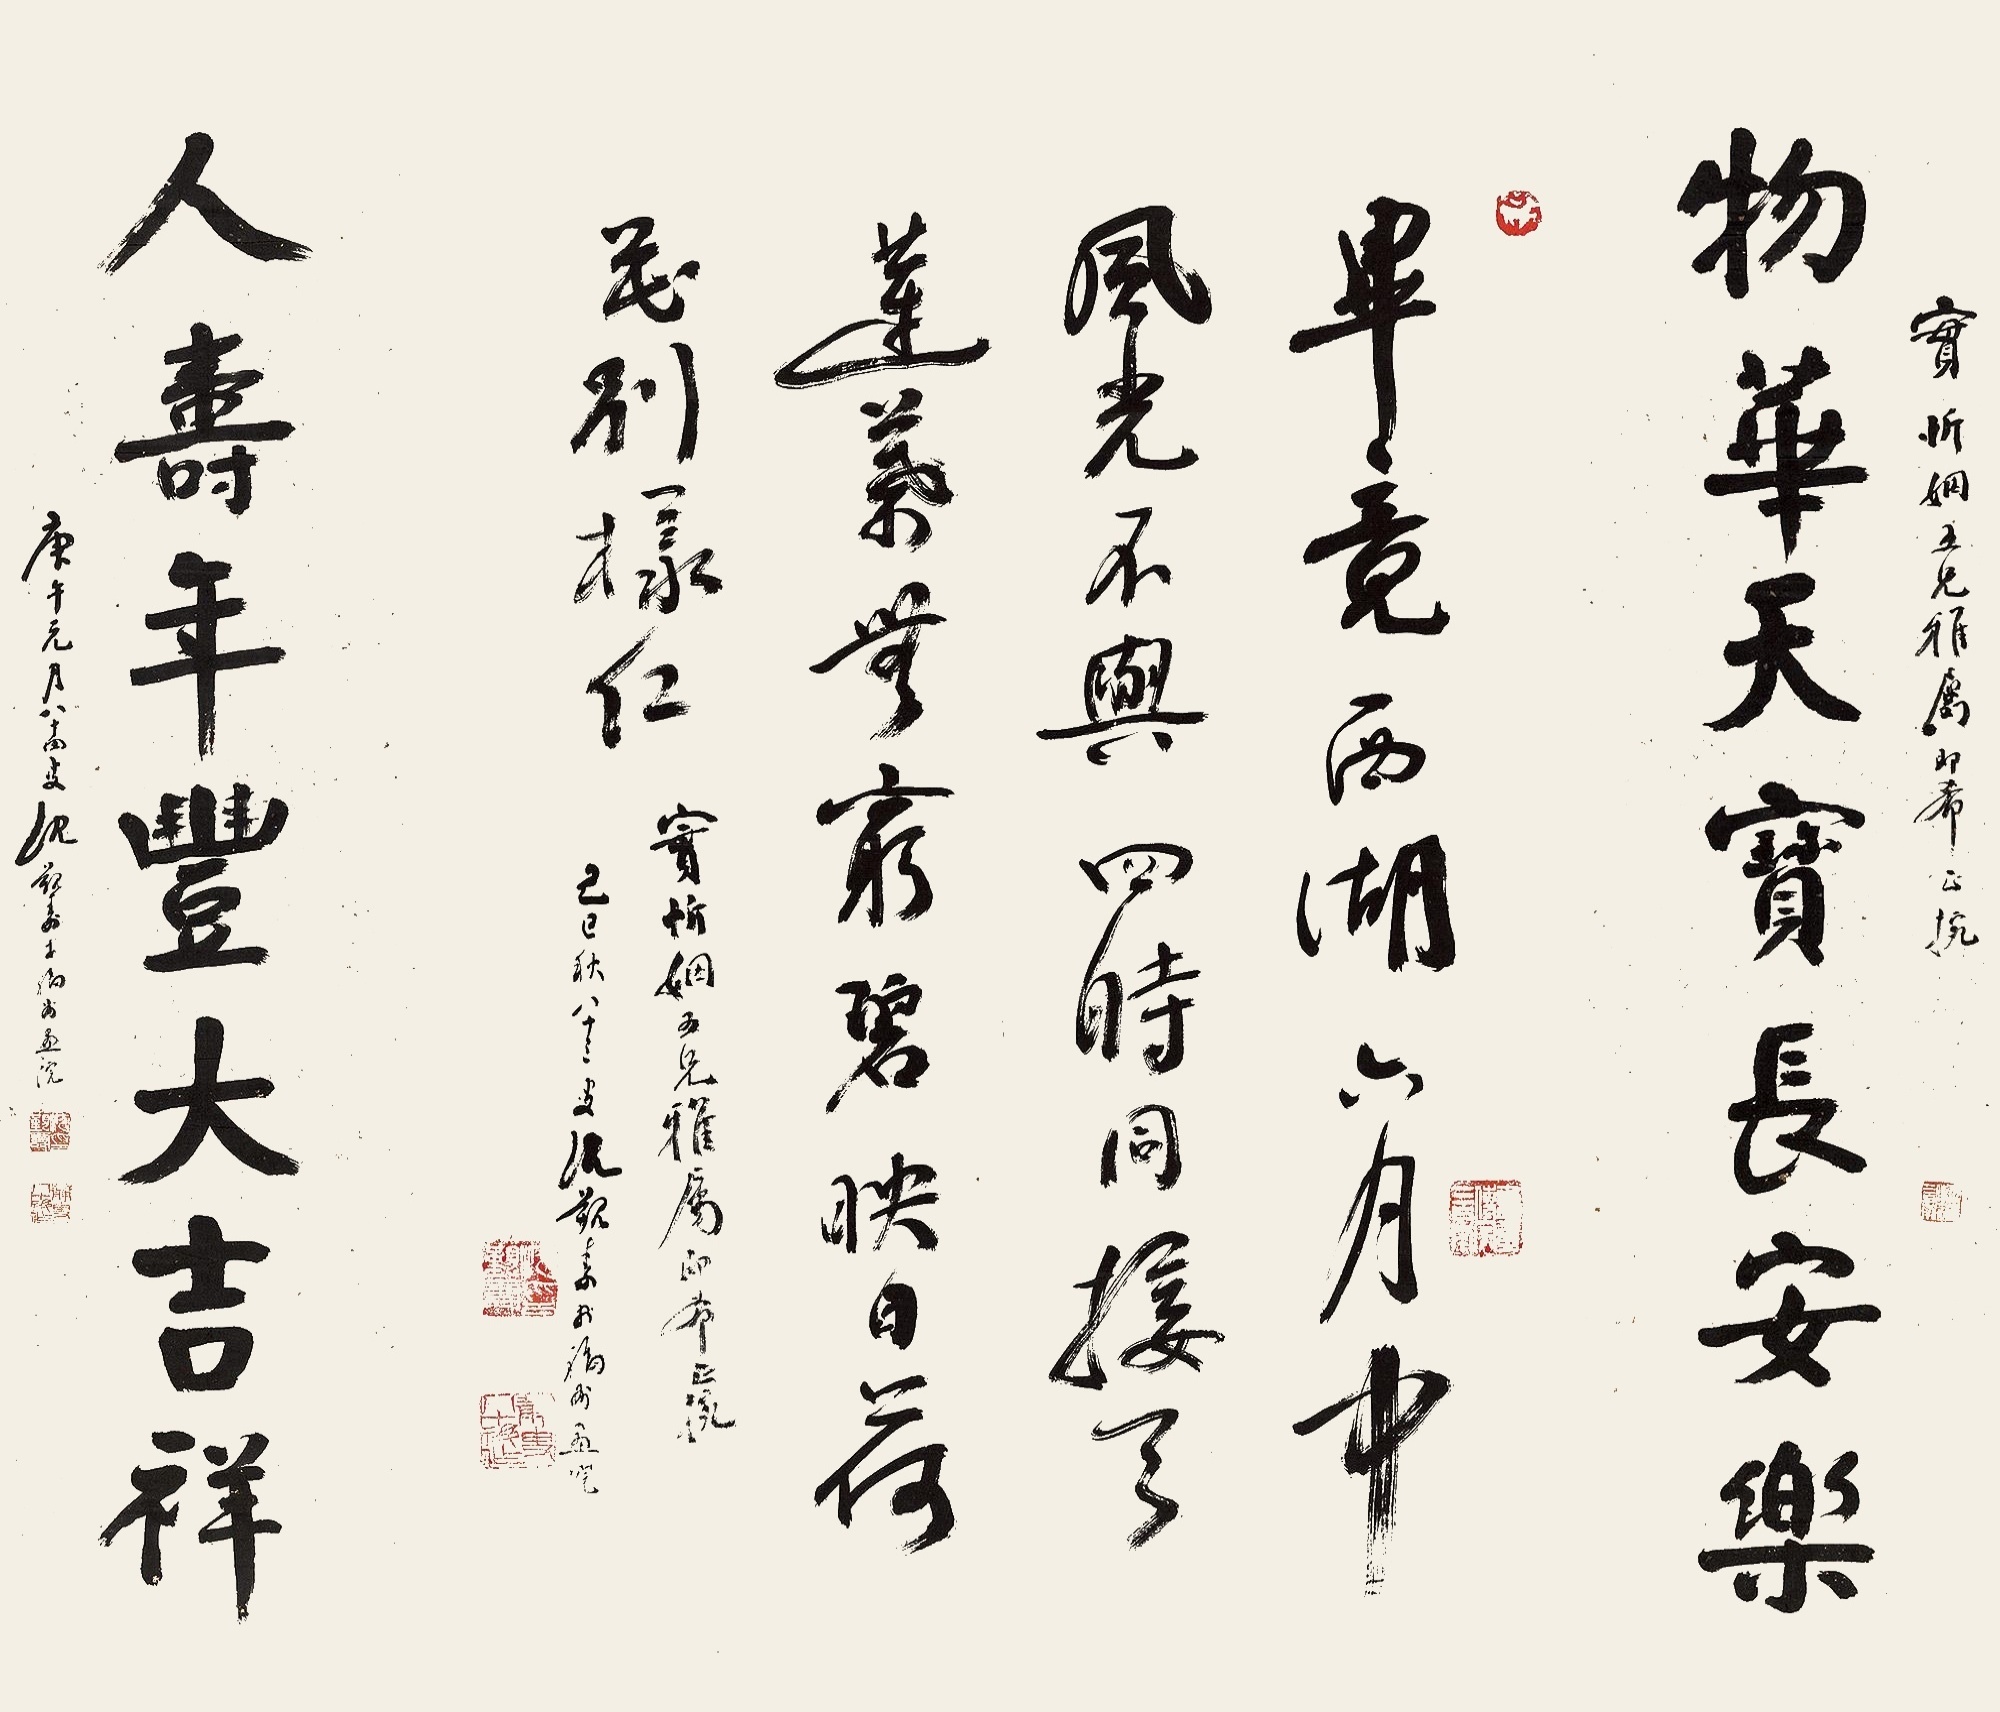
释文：物华天宝长安乐，人寿年丰大吉祥。
毕竟西湖六月中，风光不与四时同。接天莲叶无穷碧，映日荷花别样红。实忻姻五兄雅属即希正腕，庚午元月八十四沈觐寿于福州画院。
实忻姻五兄雅属即希正腕，己巳秋八十四叟沈觐寿于福州画院。